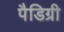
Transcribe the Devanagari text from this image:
पैडिग्री